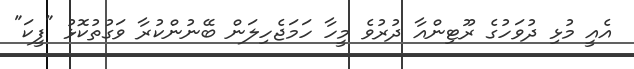
އެއީ މުޅި ދުވަހުގެ ރޫޓިންއާ ދުރުވެ މީހާ ހަމަޖެހިލަން ބޭނުންކުރާ ވަގުތުކޮޅު "ފީކަ"